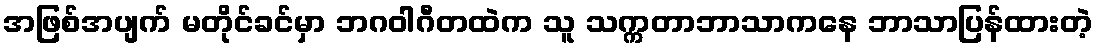
အဖြစ်အပျက် မတိုင်ခင်မှာ ဘဂဝါဂီတထဲက သူ သက္ကတာဘာသာကနေ ဘာသာပြန်ထားတဲ့